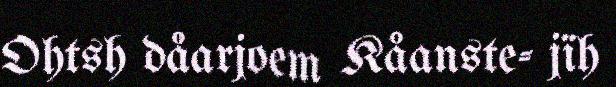
Ohtsh dåarjoem Kåanste- jïh